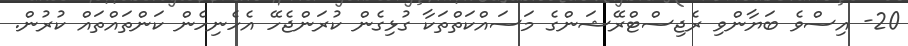
20- އިސްވެ ބަޔާންވި ރެޖިސްޓްރޭޝަންގެ މަސައްކަތްތަކާ ގުޅިގެން ކުރަންޖެހޭ އެހެނިހެން ކަންތައްތައް ކުރުން.